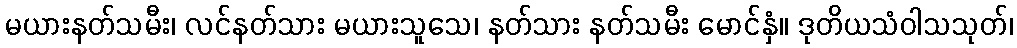
မယားနတ်သမီး၊ လင်နတ်သား မယားသူသေ၊ နတ်သား နတ်သမီး မောင်နှံ။ ဒုတိယသံဝါသသုတ်၊